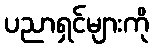
ပညာရှင်များကို